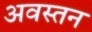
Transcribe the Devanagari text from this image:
अवस्तन